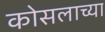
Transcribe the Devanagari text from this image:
कोसलाच्या